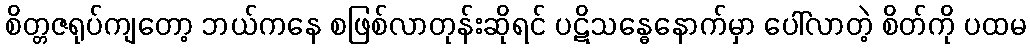
စိတ္တဇရုပ်ကျတော့ ဘယ်ကနေ စဖြစ်လာတုန်းဆိုရင် ပဋိသန္ဓေနောက်မှာ ပေါ်လာတဲ့ စိတ်ကို ပထမ